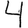
Digit: 4